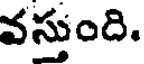
వస్తుంది.